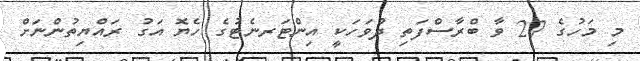
މި މަހުގެ 27 ވާ ބްރާސްފަތި ދުވަހަކީ އިންޓަރނެޓުގެ ހެޔޮ އަގު ރައްޔިތުންނަށް